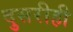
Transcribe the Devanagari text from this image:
दुसरीही